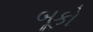
બૂકો